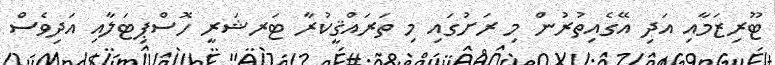
ޓޫރިޒަމާއި އަދި އޭގެއިތުރުން މި ރަށުގައި މި ތަރައްޤީކުރާ ޓަރޝަރީ ހޮސްޕިޓަލާއި އަދިވެސް